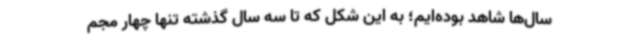
سال‌ها شاهد بوده‌ایم؛ به این شکل که تا سه سال گذشته تنها چهار مجم